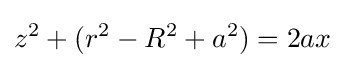
z^{2}+(r^{2}-R^{2}+a^{2})=2ax